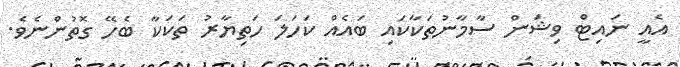
އެއީ ނައިޓް ވިޝަން ސާމާނުތަކާކައި ބައެއް ކަހަލަ ހަތިޔާރު ތަކަކާ ބެހޭ ގޮތުންނެވެ.